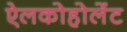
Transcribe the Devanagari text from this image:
ऐलकोहोलेंट